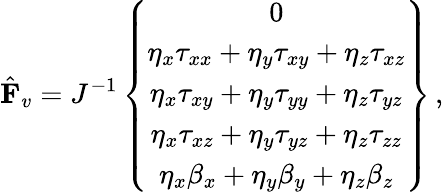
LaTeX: \hat{\mathbf{F}}_{v}=J^{-1}\left\{ \begin{array}{c}{0}\\ {\eta_{x}{\tau}_{xx}+\eta_{y}{\tau}_{xy}+\eta_{z}{\tau}_{xz}}\\ {\eta_{x}{\tau}_{xy}+\eta_{y}{\tau}_{yy}+\eta_{z}{\tau}_{yz}}\\ {\eta_{x}{\tau}_{xz}+\eta_{y}{\tau}_{yz}+\eta_{z}{\tau}_{zz}}\\ {\eta_{x}{\beta}_{x}+\eta_{y}{\beta}_{y}+\eta_{z}{\beta}_{z}}\end{array}\right\} \, \mathrm{,}